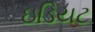
ઇડિયટ